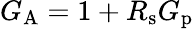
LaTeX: G_{\mathrm{{A}}}=1+R_{\mathrm{{s}}}G_{\mathrm{{p}}}